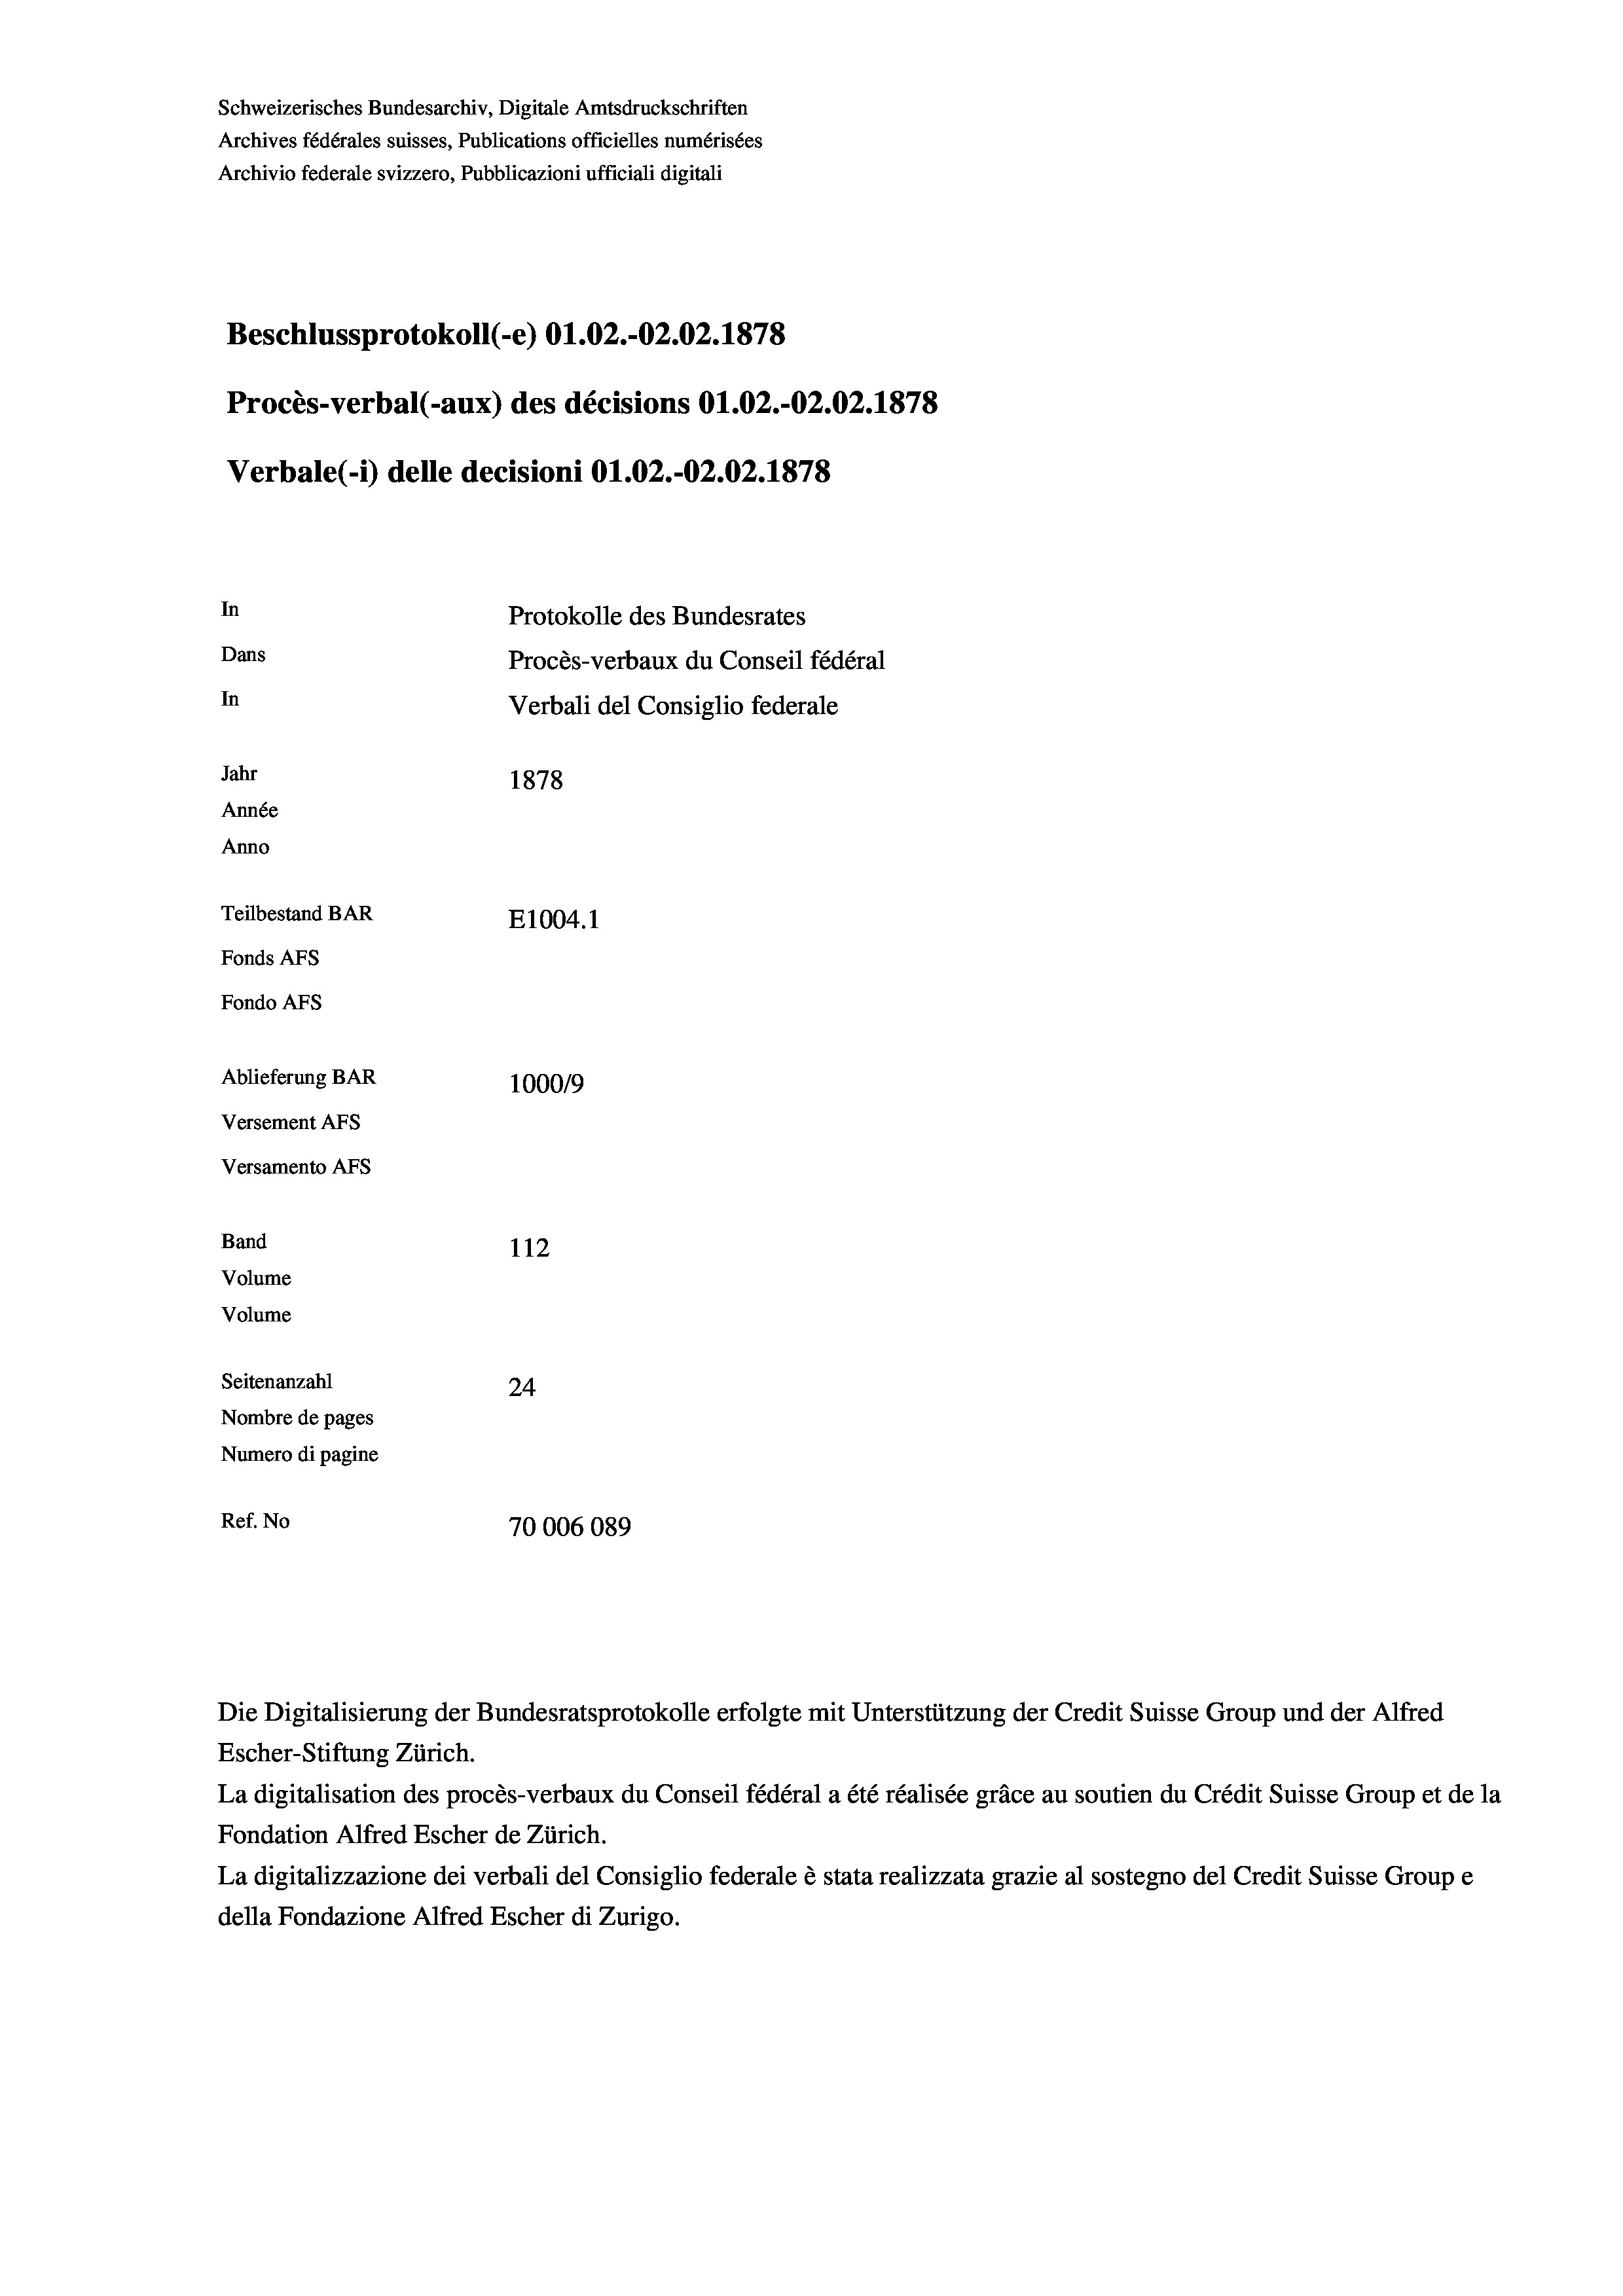
Schweizerisches Bundesarchiv, Digitale Amtsdruckschriften
Archives fédérales suisses, Publications officielles numérisées
Archivio federale svizzero, Pubblicazioni ufficiali digitali
Beschlussprotokoll (-e) 01.02.-O2.02. 1878
Procès-verbal (-aux) des décisions O1.02.-O2.02. 1878
Verbale (- 1) delle decisioni Ol.02.-O2.02. 1878
In
Protokolle des Bundesrates
Dans
Procès-verbaux du Conseil fédéral
In
Verbali del Consiglio federale
Jahr
1878
Année
Anno
Teilbestand BAR
E1004. 1
Fonds AFs
Fondo AFS
Ablieferung BAR
1000/9
Versement AFs
Versamento Afs
Band
112
Volume
Volume
Seitenanzahl
24

Nombre de pages
Numero di pagine
Ref. No
70006089

Escher-Stiftung Zürich.
La digitalisation des procès-verbaux du Conseil fédéral a été réalisée gräce au soutien du Crédit Suisse Group et de la
Fondation Alfred Escher de Zürich.
La digitalizzazione dei verbali del Consiglio federale è stata realizzata grazie al sostegno del Credit Suisse Groupe
della Fondazione Alfred Escher di Zurigo.

Die Digitalisierung der Bundesratsprotokolle erfolgte mit Unterstützung der Credit Suisse Group und der Alfred